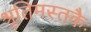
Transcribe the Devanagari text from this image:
श्रुतिमस्तकैः